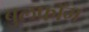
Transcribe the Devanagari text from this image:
बुलफ्रॉग